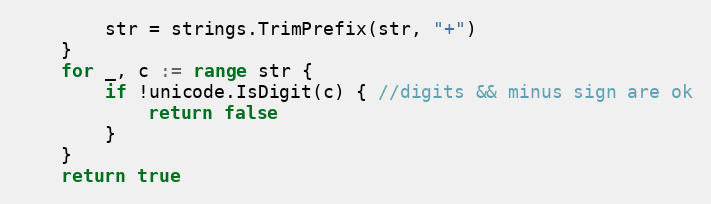
Language: Go
		str = strings.TrimPrefix(str, "+")
	}
	for _, c := range str {
		if !unicode.IsDigit(c) { //digits && minus sign are ok
			return false
		}
	}
	return true